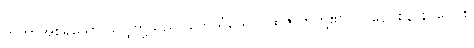
ဘူတာအစရှိသော သဒ္ဒါတို့သည်။ တေသံယေဝ၊ ထိုဇာတတို့၏ပင်။ ဝေဝစနာနိ၊ ဝေဝုစ်